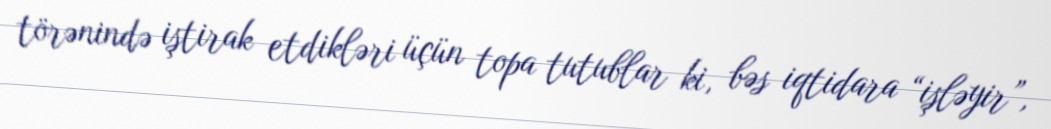
törənində iştirak etdikləri üçün topa tutublar ki, bəs iqtidara “işləyir”,